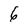
Character: 6